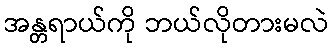
အန္တရာယ်ကို ဘယ်လိုတားမလဲ